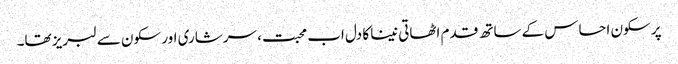
پر سکون احساس کے ساتھ قدم اٹھاتی نینا کا دل اب محبت، سرشاری اور سکون سے لبریز تھا۔